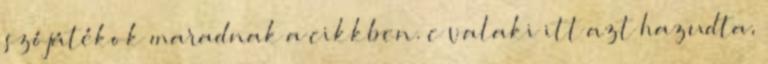
szójátékok maradnak a cikkben. c valaki itt azt hazudta,